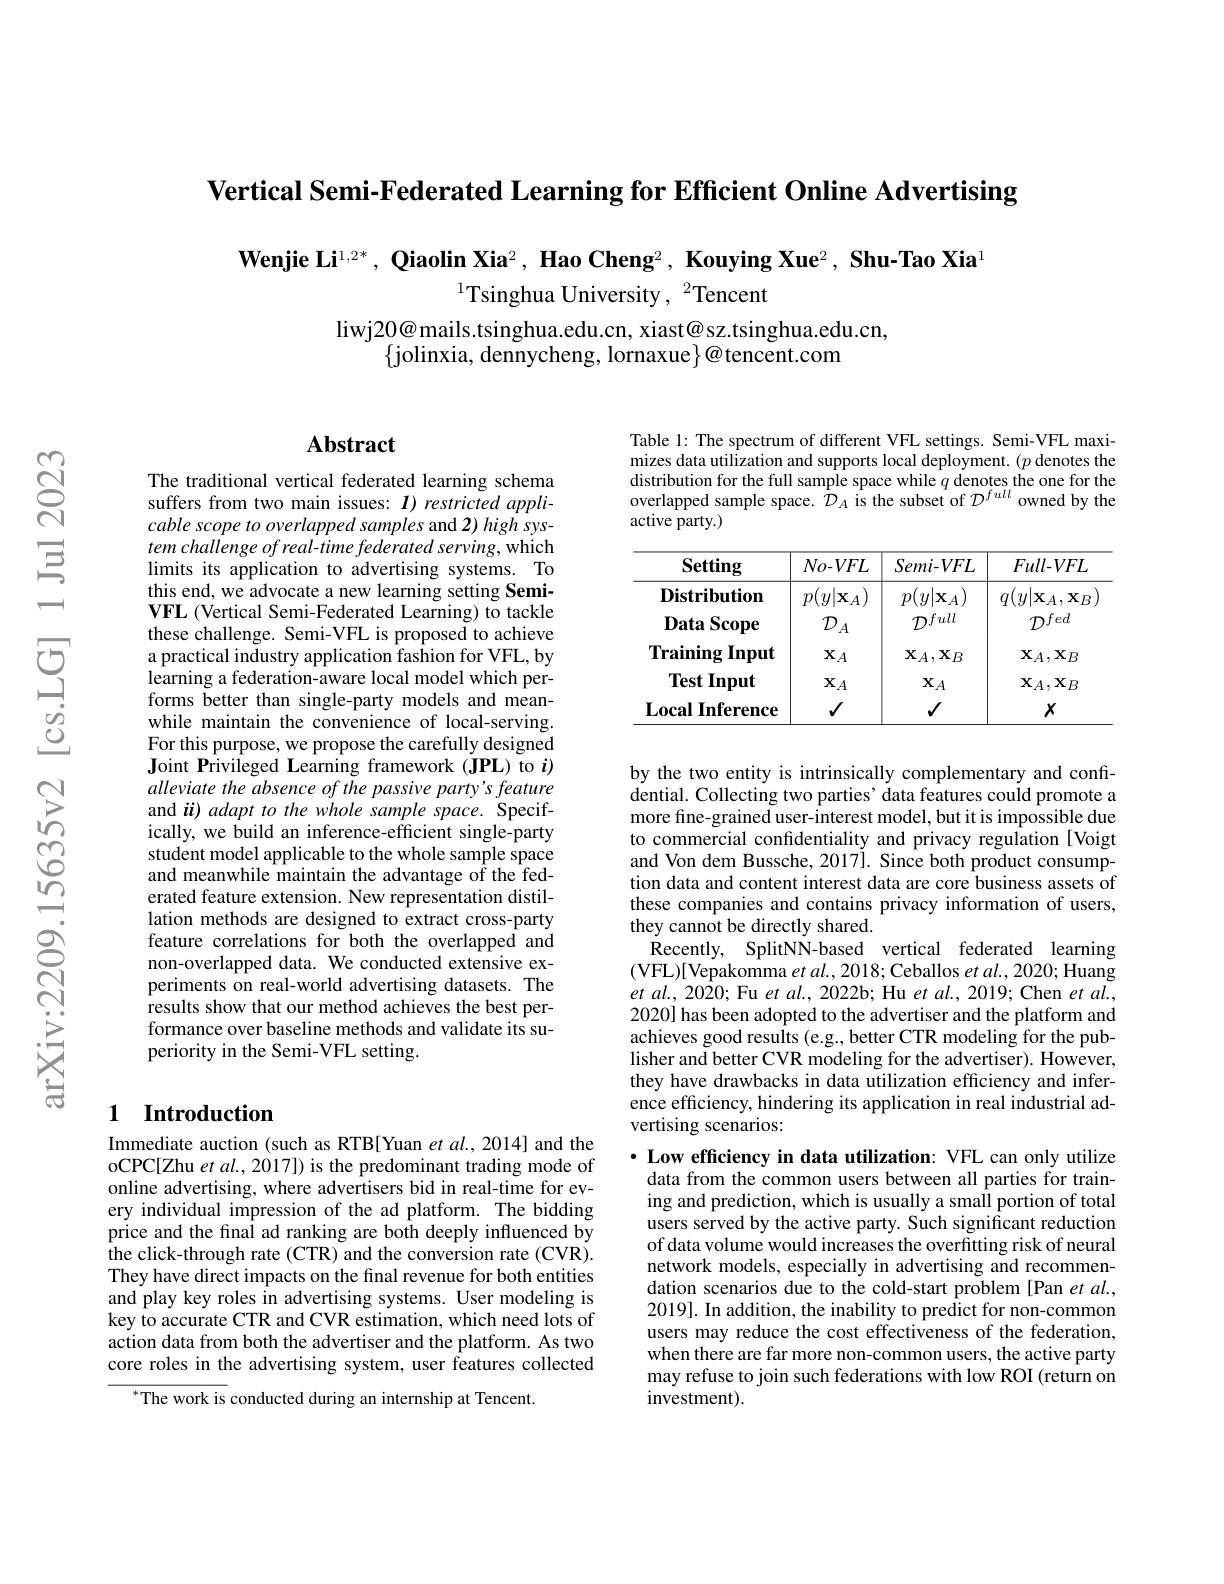
Vertical Semi-Federated Learning for Efficient Online Advertising

$\textbf{Wenjie Li}^{1,2*},\textbf{ Qiaolin Xia}^2,\textbf{ Hao Cheng}^2,\textbf{ Kouying Xue}^2,\textbf{ Shu-Tao Xia}^1$

$^{1}$Tsinghua University,

liwj$20@$mails.tsinghua.edu.cn, xiast@sz.tsinghua.edu.cn,
$\{$jolinxia, dennycheng, lor

## Abstract

The traditional vertical fed suffers from two main issues: $I) \textit{restricted appli- }$ cable scope to overlapped samples and 2) high system challenge of real-time federated serving, which limits its application to advertising systems. To this end, we advocate a new VFL (Vertical Semi-Federated Learning) to tackle these challenge. Semi-VFL is a practical industry applica learning a federation-aware forms better than single-party models and meanwhile maintain the convenience of local-serving. For this purpose, we propose Joint Privileged Learning framework (JPL) to $i)$ alleviate the absence of the passive party's feature and ü) adapt to the whole sa ically, we build an inference-efficient single-party student model applicable to and meanwhile maintain the advantage of the federated feature extension. New representation distillation methods are designed to extract cross-party feature correlations for bot non-overlapped data. We conducted extensive experiments on real-world adve results show that our method achieves the best performance over baseline methods and validate its superiority in the Semi-VFL setting.

## 1 Introduction

Immediate auction (such as R oCPC[Zhu et al., 2017]) is the predominant trading mode of online advertising, where ad ery individual impression of the ad platform. The bidding price and the final ad ranking are both deeply influenced by the click-through rate (CTR) They have direct impacts on the final revenue for both entities and play key roles in advert key to accurate CTR and CVR estimation, which need lots of action data from both the advertiser and the platform. As two core roles in the advertisin
The work is conducted during

Table 1: The spectrum of dif mizes data utilization and supports local deployment. $(p$ denotes the distribution for the full sa active party.)

<table>
	<tbody>
		<tr>
			<th>Setting</th>
			<th>$No-VFL$</th>
			<th>$Semi-VFL$</th>
			<th>$Full-VFL$</th>
		</tr>
		<tr>
			<td>Distribution</td>
			<td>$p(y|\mathbf{x}_A)$</td>
			<td>$p(y|\mathbf{x}_{A})$</td>
			<td>$q(y|\mathbf{x}_{A},\mathbf{x}_{B}$</td>
		</tr>
		<tr>
			<td>Data Scope</td>
			<td>$\mathcal{D}_{\iota}$ $^{\prime}A$ </td>
			<td>$\mathcal{T}full$</td>
			<td>$\mathcal{D}fed$</td>
		</tr>
		<tr>
			<td>$\mathbf{Training}$ Input</td>
			<td>$\mathbf{X}_{A}$</td>
			<td>$\mathbf{X}_{A},\mathbf{X}_{B}$</td>
			<td>$\mathbf{X}_{A},\mathbf{X}_{B}$</td>
		</tr>
		<tr>
			<td>$\textbf{Test Input}$</td>
			<td>$\mathbf{X}_{A}$</td>
			<td>$\mathbf{X}_{A}$</td>
			<td>$\mathbf{X}_{A},\mathbf{X}_{B}$</td>
		</tr>
		<tr>
			<td>Local Inference</td>
			<td>$√$</td>
			<td>$√$</td>
			<td>$X$</td>
		</tr>
	</tbody>
</table>

by the two entity is intrinsically complementary and confidential. Collecting two parties' data features could promote a more fine-grained user-interest model, but it is impossible due to commercial confidentialit and Von dem Bussche, 2017]. Since both product consumption data and content interest data are core business assets of these companies and contains they cannot be directly shar
Recently, SplitNN-based vert (VFL)[Vepakomma $etal.,2018;$Ceballos $etal.,2020;$Huang $et$ $al. $, 2020; Fu $et$ $al. $, 2022b; Hu $et$ $al. $, 2019; Chen $et$ $al. $, 2020] has been adopted to th achieves good results (e.g., better CTR modeling for the publisher and better CVR modeling for the advertiser). However, they have drawbacks in data utilization efficiency and inference efficiency, hindering i vertising scenarios

$\cdot$ Low efficiency in data utilization: VFL can only utilize data from the common users b ing and prediction, which is users served by the active party. Such significant reduction of data volume would increases the overfitting risk of neural network models, especially in advertising and recommendation scenarios due to the 2019]. In addition, the inability to predict for non-common users may reduce the cost effectiveness of the federation, when there are far more nonmay refuse to join such federations with low ROI (return on investment).